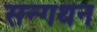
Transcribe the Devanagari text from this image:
सन्गथन